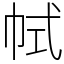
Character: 𢂑